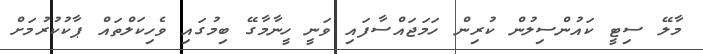
މާލޭ ސިޓީ ކައުންސިލުން ކުރިން ހަމަޖައްސާފައި ވަނީ ހީނާމާގޭ ބިމުގައި ވެހިކަލްތައް ޕާކުކުރުމަށް